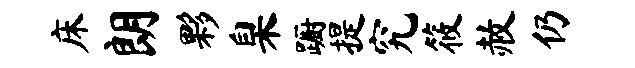
床朗夥臬蹰提究筱赦仍